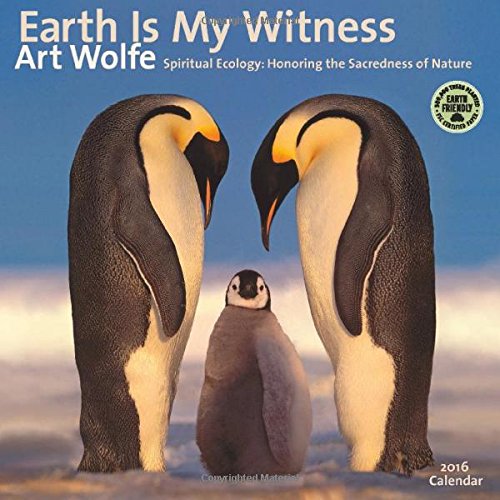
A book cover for Earth Is My Witness 2016 Wall Calendar: Spiritual Ecology - Honoring the Sacredness of Nature; Art Wolfe; Calendars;